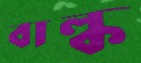
বাল্ক